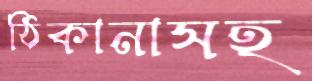
ঠিকানাসহ